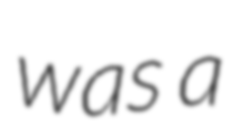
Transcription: was a